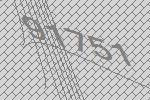
91751